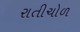
રાતીચોળ